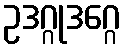
ဥဒဂ္ဂုဒဂ္ဂေ